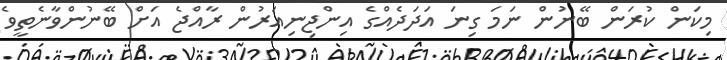
މިކަން ކުރަން ބޭނުން ނަމަ ގިނަ އަދަދެއްގެ އިންޖިނިއަރުން ރާއްޖެ އަށް ބޭނުންވާނެތީވެ